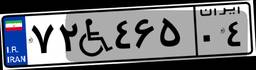
۷۲W۴۶۵۰۴